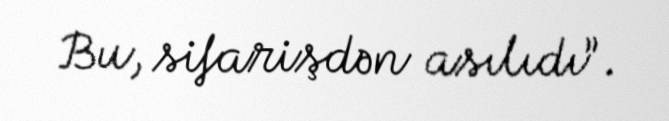
Bu, sifarişdən asılıdı”.